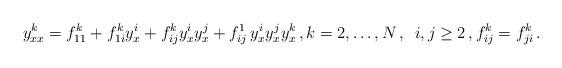
LaTeX: \begin{align*}y^k_{xx}=f_{11}^k + f_{1i}^k y^i_x + f_{ij}^ky^i_x y^j_x + f^1_{ij} \, y^i_x y^j_x y^k_x\,,k=2,\dots,N\,,\,\,\, i,j\geq 2\,,f^k_{ij}=f^k_{ji}\,.\end{align*}